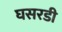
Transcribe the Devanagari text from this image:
घसरडी